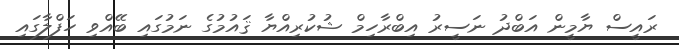
ރައީސް ޔާމީން އަބްދު ނަސީރު އިބްރާހިމް ޝުކުރިއްޔާ ޤައުމުގެ ނަމުގައި ބޭއްވި ހަފްލާގައި